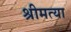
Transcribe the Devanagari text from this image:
श्रीमत्या